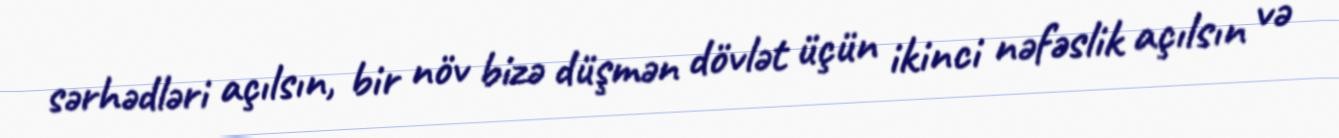
sərhədləri açılsın, bir növ bizə düşmən dövlət üçün ikinci nəfəslik açılsın və